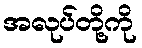
အလုပ်တို့ကို